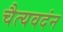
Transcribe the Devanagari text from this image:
चैत्यवदंन